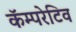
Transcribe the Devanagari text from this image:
कॅम्परेटिव